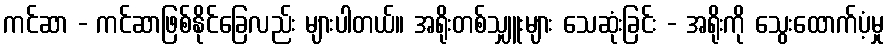
ကင်ဆာ - ကင်ဆာဖြစ်နိုင်ခြေလည်း များပါတယ်။ အရိုးတစ်သျှူးများ သေဆုံးခြင်း - အရိုးကို သွေးထောက်ပံ့မှု